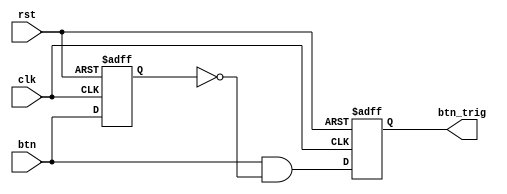
`timescale 1ns / 1ps
//////////////////////////////////////////////////////////////////////////////////
// Company: 
// Engineer: 
// 
// Design Name: 
// Module Name: oneshot_universal
// Project Name: 
// Target Devices: 
// Tool Versions: 
// Description: 
// 
// Dependencies: 
// 
// Revision:
// Revision 0.01 - File Created
// Additional Comments:
// 
//////////////////////////////////////////////////////////////////////////////////


module oneshot_universal(clk, rst, btn, btn_trig);

input clk, rst, btn;
reg btn_reg;
output reg btn_trig;

always @(negedge rst or posedge clk) begin
    if(!rst) begin
        btn_reg <= 0;
        btn_trig <= 0;
    end
    else begin
        btn_reg <= btn;
        btn_trig <= btn & ~btn_reg;
    end
end

endmodule